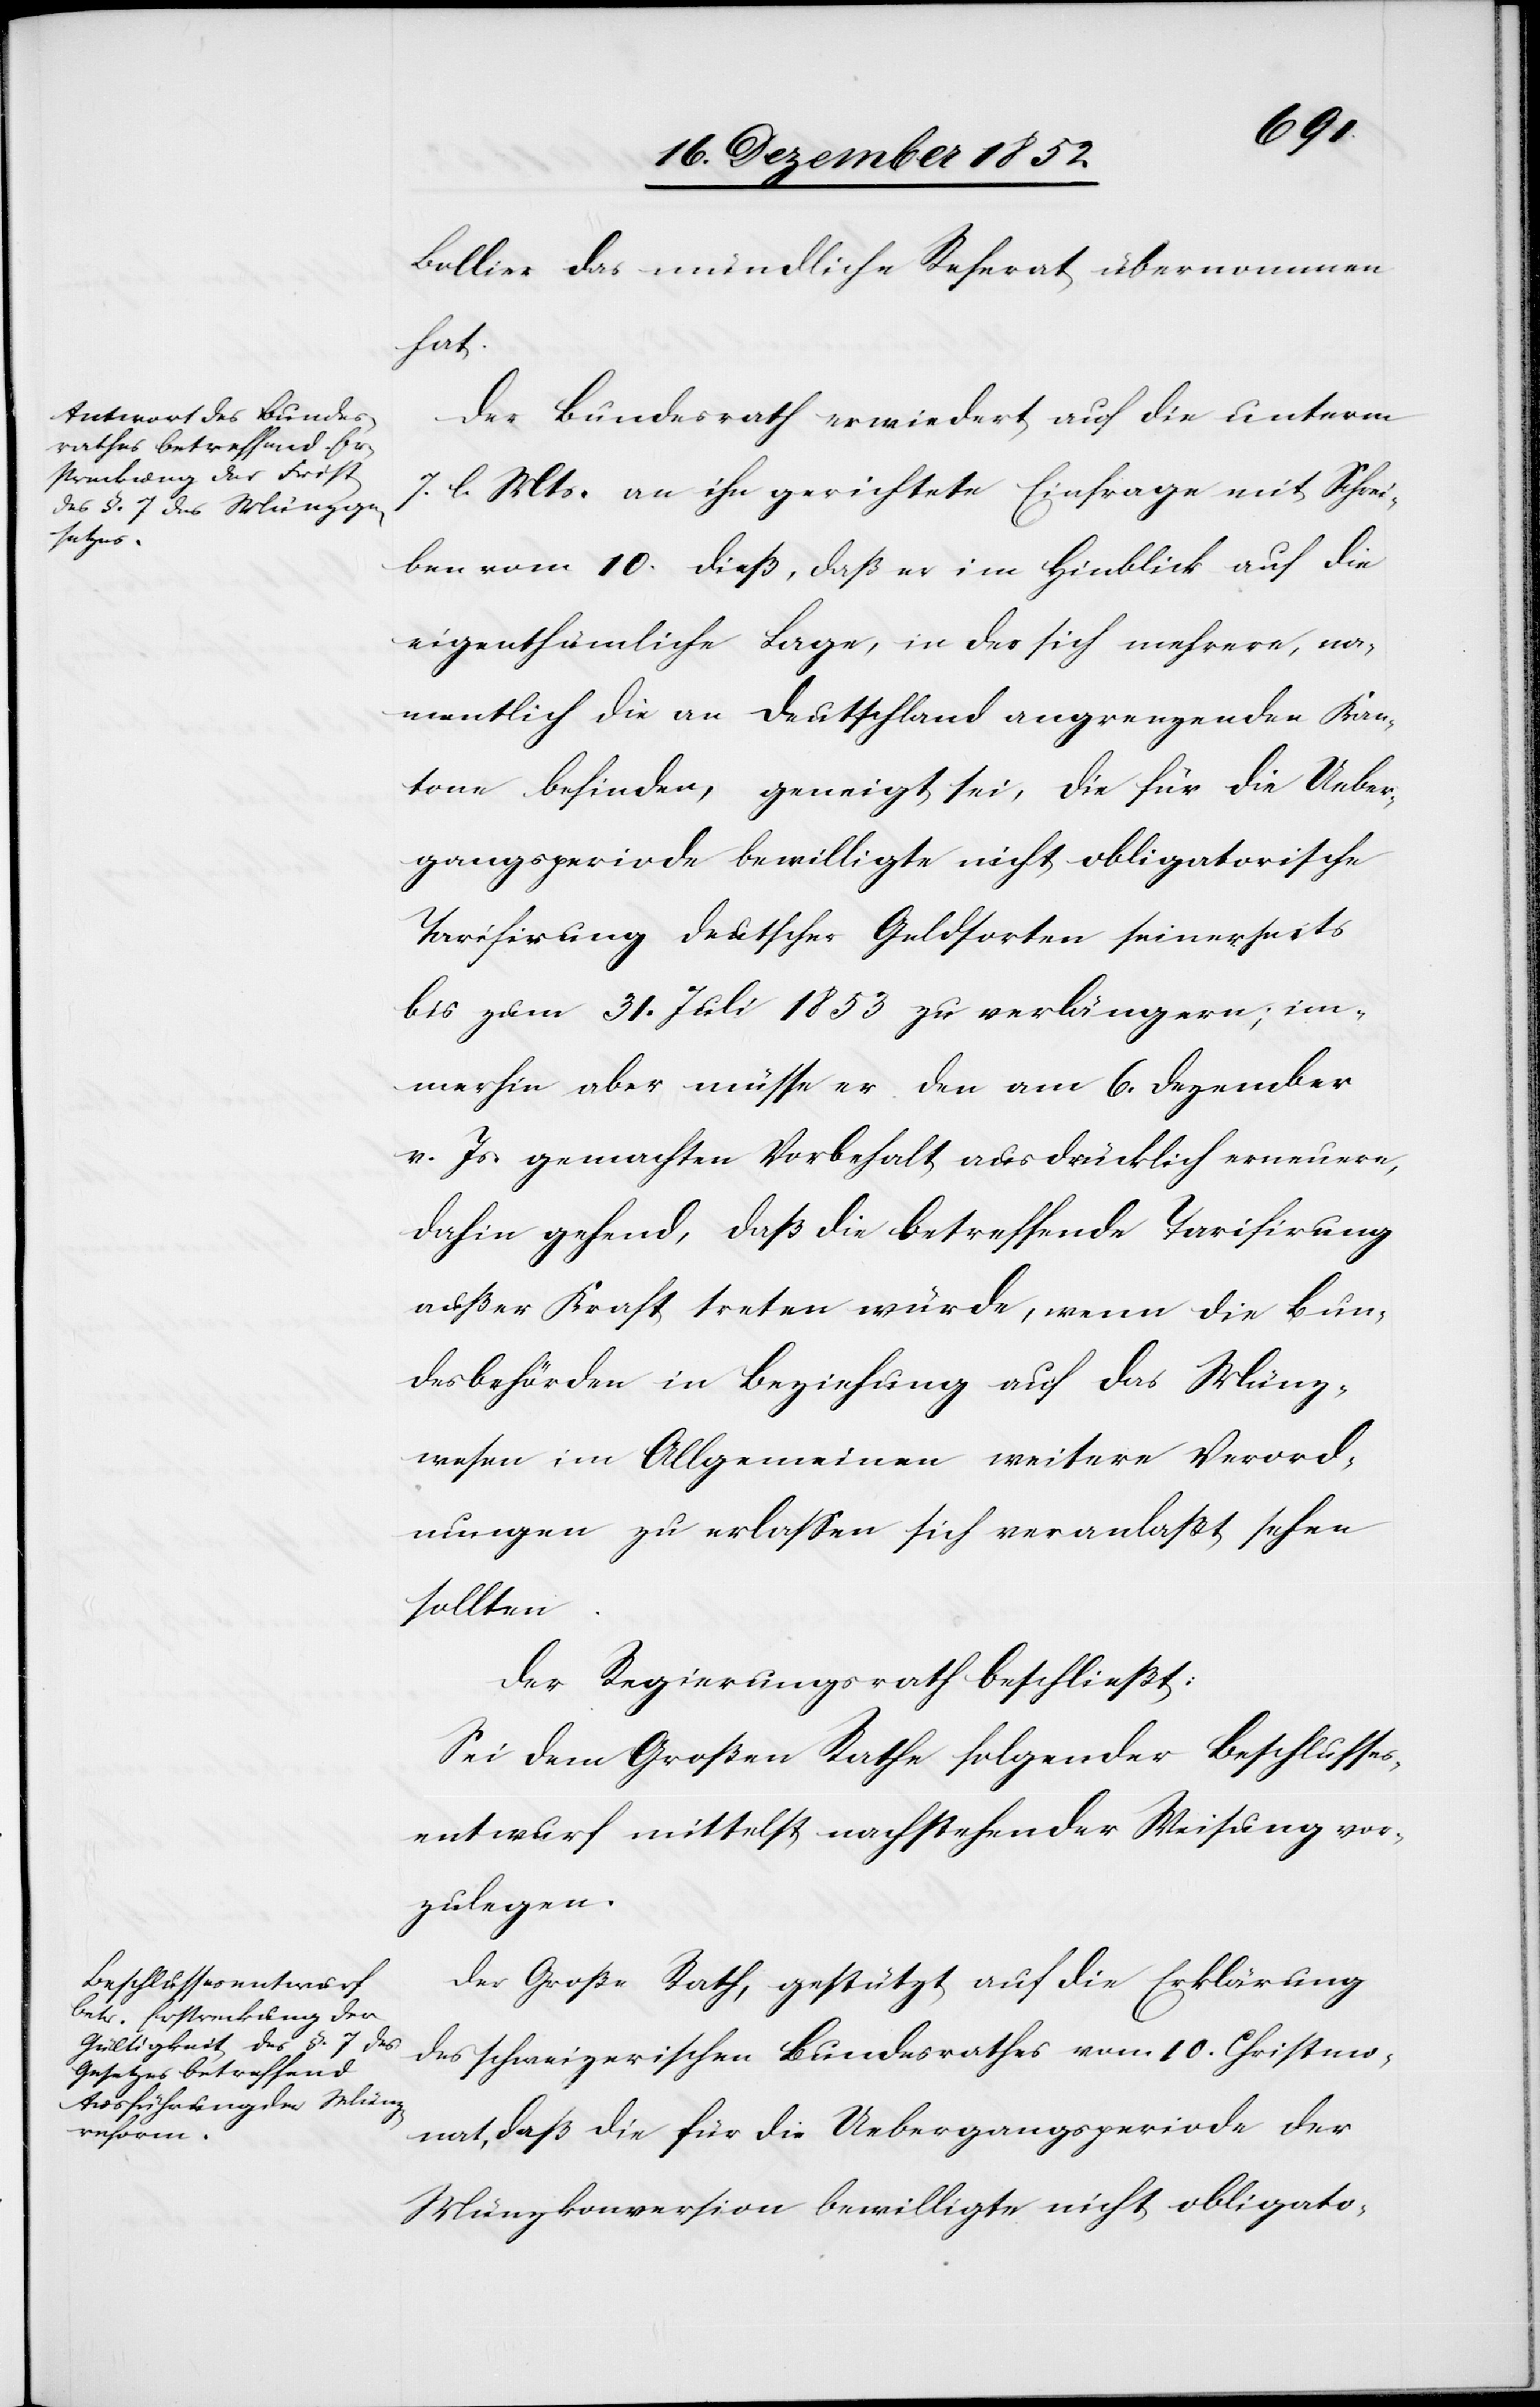
tsetzung
[For¬

Bollier das mündliche Referat übernommen
hat.
Der Bundesrath erwiedert auf die unterm
7. l. Mts. an ihn gerichtete Einfrage mit Schrei¬
ben vom 10. dieß, daß er im Hinblick auf die
eigenthümliche Lage, in der sich mehrere, na¬
mentlich die an Deutschland angrenzenden Kan¬
tone befinden, geneigt sei, die für die Ueber¬
gangsperiode bewilligte nicht obligatorische
Tarifirung deutscher Geldsorten seinerseits
bis zum 31. Juli 1853 zu verlängern; im¬
merhin aber müsse er den am 6. Dezember
v. Js. gemachten Vorbehalt ausdrücklich erneuern,
dahin gehend, daß die betreffende Tarifirung
außer Kraft treten würde, wenn die Bun¬
desbehörden in Beziehung auf das Münz¬
wesen im Allgemeinen weitere Verord¬
nungen zu erlassen sich veranlaßt sehen
sollten.
Der Regierungsrath beschließt:
Sei dem Großen Rathe folgender Beschlusses¬
entwurf mittelst nachstehender Weisung vor¬
zulegen.
Der Große Rath, gestützt auf die Erklärung
des schweizerischen Bundesrathes vom 10. Christmo¬
nat, daß die für die Uebergangsperiode der
Münzkonversion bewilligte nicht obligato-